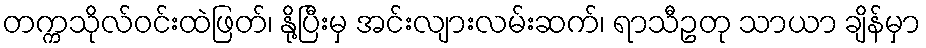
တက္ကသိုလ်ဝင်းထဲဖြတ်၊ နို့ပြီးမှ အင်းလျားလမ်းဆက်၊ ရာသီဥတု သာယာ ချိန်မှာ